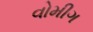
વોમીગ